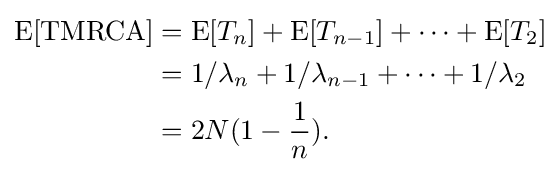
{\begin{aligned}\mathrm {E} [\mathrm {TMRCA} ]&=\mathrm {E} [T_{n}]+\mathrm {E} [T_{n-1}]+\cdots +\mathrm {E} [T_{2}]\\&=1/\lambda _{n}+1/\lambda _{n-1}+\cdots +1/\lambda _{2}\\&=2N(1-{\frac {1}{n}}).\end{aligned}}